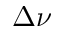
\Delta { \nu }